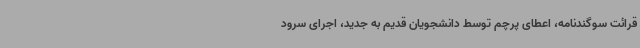
قرائت سوگندنامه، اعطای پرچم توسط دانشجویان قدیم به جدید، اجرای سرود